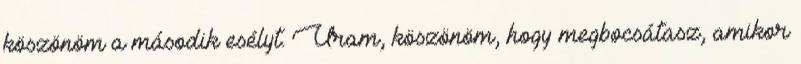
köszönöm a második esélyt. Uram, köszönöm, hogy megbocsátasz, amikor